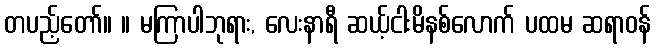
တပည့်တော်။ ။ မကြာပါဘုရား, လေးနာရီ ဆယ့်ငါးမိနစ်လောက် ပထမ ဆရာဝန်